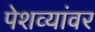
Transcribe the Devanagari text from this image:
पेशव्यांवर